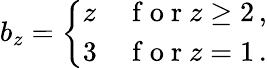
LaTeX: \begin{array}{r}{b_{z}=\left\{ \begin{array}{ll}{z}&{\mathrm{~f~o~r~}z\ge 2\, ,}\\ {3}&{\mathrm{~f~o~r~}z=1\, .}\end{array}\right.}\end{array}